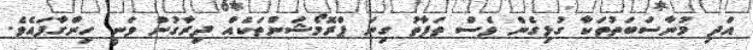
އަދި މުނާސަބަތުތަކާ ގުޅިގެން ވެސް ތަފާތު ގިނަ ޕްރޮމޯޝަންތަކެއް ދިރާގުން ވަނީ ހިންގާފައެވެ.